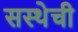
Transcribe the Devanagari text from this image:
सस्थेची